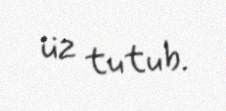
üz tutub.